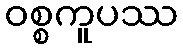
ဝစ္စကူပဿ